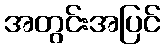
အတွင်းအပြင်